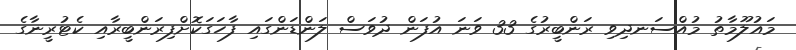
މައުލޫމާތު މުއްސަނދިވި ރަންބީރުގެ 33 ވަނަ އުފަން ދުވަސް ލަންޑަންގައި ފާހަގަކޮށްފިރަންބީރާއި ކެޓުރީނާގެ